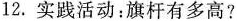
12.实践活动：旗杆有多高?